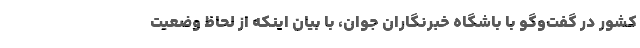
کشور در گفت‌وگو با باشگاه خبرنگاران جوان، با بیان اینکه از لحاظ وضعیت